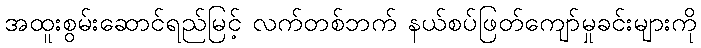
အထူးစွမ်းဆောင်ရည်မြင့် လက်တစ်ဘက် နယ်စပ်ဖြတ်ကျော်မှုခင်းများကို